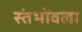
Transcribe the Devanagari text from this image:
स्तंभोंवला